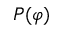
P ( \varphi )